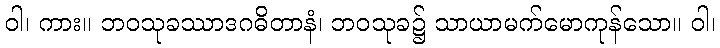
ဝါ၊ ကား။ ဘဝသုခဿာဒဂဓိတာနံ၊ ဘဝသုခ၌ သာယာမက်မောကုန်သော။ ဝါ၊